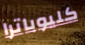
كليوباترا